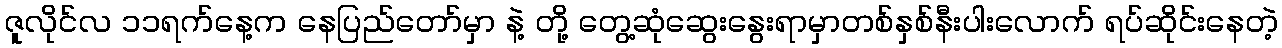
ဇူလိုင်လ ၁၁ရက်နေ့က နေပြည်တော်မှာ နဲ့ တို့ တွေ့ဆုံဆွေးနွေးရာမှာတစ်နှစ်နီးပါးလောက် ရပ်ဆိုင်းနေတဲ့